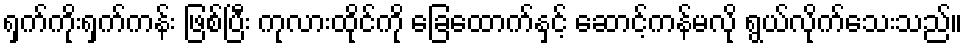
ရှက်ကိုးရှက်ကန်း ဖြစ်ပြီး ကုလားထိုင်ကို ခြေထောက်နှင့် ဆောင့်ကန်မလို ရွယ်လိုက်သေးသည်။